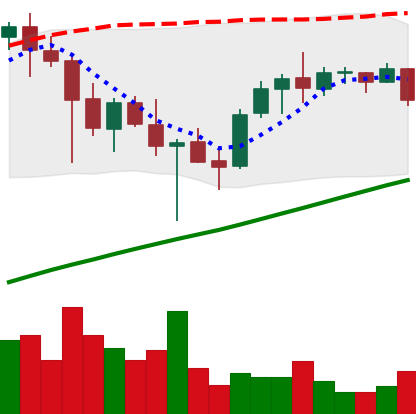
Ticker: ADA-USD
Chart end date: 2021-05-04
Forward return: 38.965%
Label: up_7plus